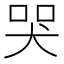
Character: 哭